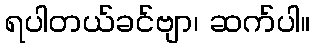
ရပါတယ်ခင်ဗျာ၊ ဆက်ပါ။